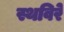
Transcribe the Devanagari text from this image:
स्थविरे